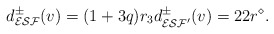
\begin{align*}d_{\mathcal{ESF}}^\pm(v)=(1+3q)r_3 d_{\mathcal{ESF}'}^\pm(v)=22r^\diamond.\end{align*}